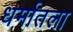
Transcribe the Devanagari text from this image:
धर्मातला